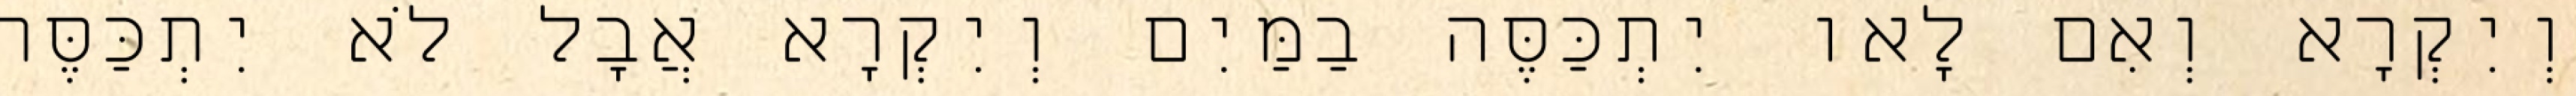
וְיִקְרָא וְאִם לָאו יִתְכַּסֶּה בַמַּיִם וְיִקְרָא אֲבָל לֹא יִתְכַּסֶּה